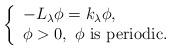
LaTeX: \begin{align*} \left\{ \begin{array}{l}-L_{\lambda} \phi = k_\lambda \phi, \\\phi > 0, \ \phi \hbox{ is periodic}.\\\end{array} \right.\end{align*}